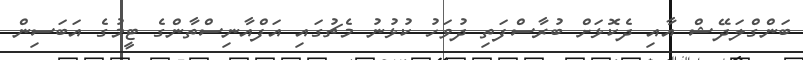
ބަންގްލަދޭޝް އާއި ދެކޮޅަށް ބުރާސްފަތި ދުވަހު ކުޅުނު މެޗުގައި އަފްއާނިސްތާންގެ ޓީމުގެ އަބަސިން